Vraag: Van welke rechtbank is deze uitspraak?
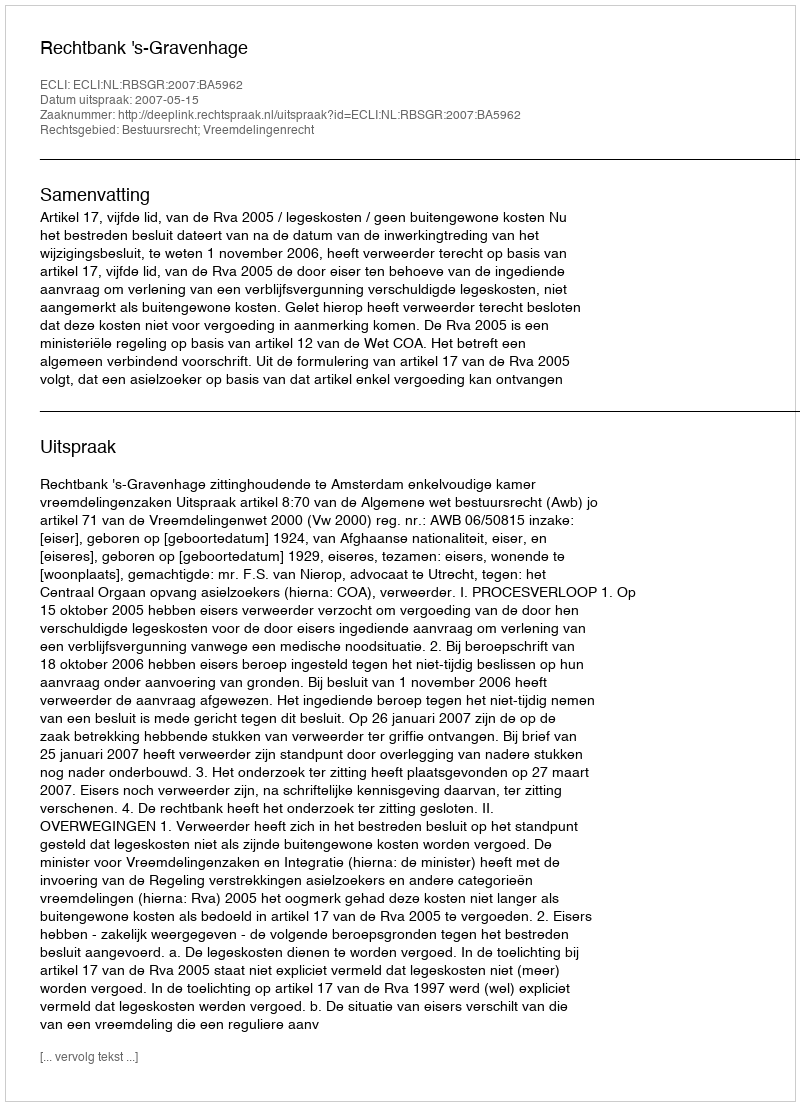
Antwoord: Rechtbank 's-Gravenhage